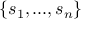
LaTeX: \{ s _ { 1 } , . . . , s _ { n } \}